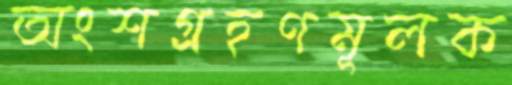
অংশগ্রহণমূলক